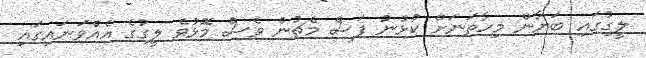
ލީގުގައި ބަޔާން މިހާތަނަށް ކުޅުނު ފަސް މެޗުން ވެސް މޮޅުވެ ލީގުގެ އެއްވަނައިގައި